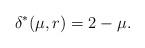
LaTeX: \begin{align*}&\delta^*(\mu,r) = 2 - \mu.\end{align*}